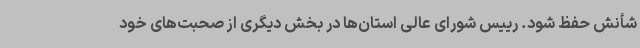
شأنش حفظ شود. رییس شورای عالی استان‌ها در بخش دیگری از صحبت‌های خود